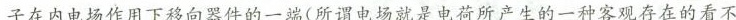
\underline{子在内电场作用下移向器件的一端}(所谓电场就是电荷所产生的一种客观存在的看不